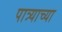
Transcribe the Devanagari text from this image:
पात्र्याच्या